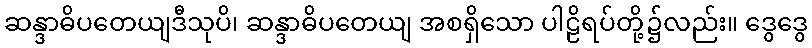
ဆန္ဒာဓိပတေယျဒီသုပိ၊ ဆန္ဒာဓိပတေယျ အစရှိသော ပါဠိရပ်တို့၌လည်း။ ဒွေဒွေ